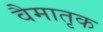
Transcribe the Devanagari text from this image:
वैमातृक